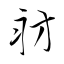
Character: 舫